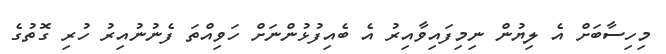
މިހިސާބަށް އެ ލިޔުން ނިމިފައިވާއިރު އެ ބެއިފުޅުންނަށް ހަވިއްތަ ފެނުނުއިރު ހުރި ގޮތުގެ